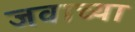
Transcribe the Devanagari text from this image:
जवाच्या